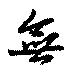
無